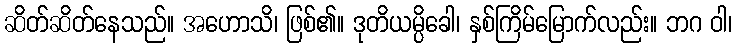
ဆိတ်ဆိတ်နေသည်။ အဟောသိ၊ ဖြစ်၏။ ဒုတိယမ္ပိခေါ၊ နှစ်ကြိမ်မြောက်လည်း။ ဘဂ ဝါ၊